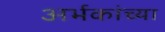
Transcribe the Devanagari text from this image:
अर्भकांच्या